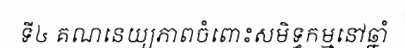
ទី៤ គណនេយ្យភាពចំពោះសមិទ្ធកម្មនៅឆ្នាំ